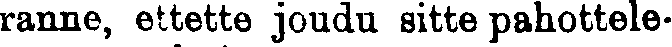
ranne, ettette joudu sitte pahottele-